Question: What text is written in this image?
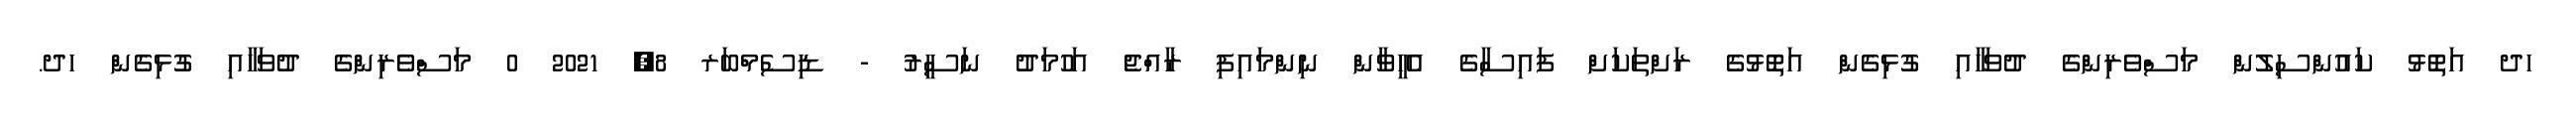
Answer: ހދ އަތޮޅު ކައުންސިލުން މަސްވެރިންގެ ދުވަހާއި ގުޅިގެން އަތޮޅުގެ ރަށްތަކަށް ފައިސާގެ އެހީވާން ނިންމައިފި ރާއްޖެ އަހުމަދު ނަސީރު - ޑިސެމްބަރ 8, 2021 0 މަސްވެރިންގެ ދުވަހާއި ގުޅިގެން ހދ.